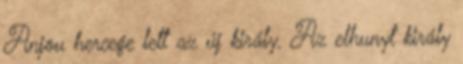
Anjou hercege lett az új király. Az elhunyt király